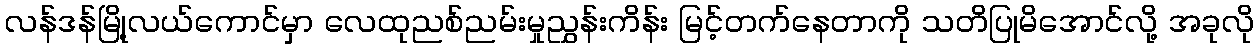
လန်ဒန်မြို့လယ်ကောင်မှာ လေထုညစ်ညမ်းမှုညွှန်းကိန်း မြင့်တက်နေတာကို သတိပြုမိအောင်လို့ အခုလို